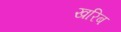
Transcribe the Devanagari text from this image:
खरिब